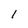
Character: 1